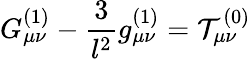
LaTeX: G_{\mu\nu}^{(1)}-\frac 3{l^{2}}g_{\mu\nu}^{(1)}=\mathcal{T}_{\mu\nu}^{(0)}